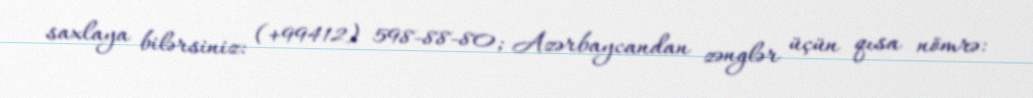
saxlaya bilərsiniz: (+99412) 598-88-80; Azərbaycandan zənglər üçün qısa nömrə: